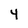
Character: 4